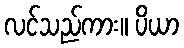
လင်သည်ကား။ ပိယာ